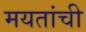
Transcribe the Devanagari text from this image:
मयतांची